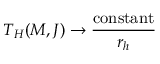
T _ { H } ( M , J ) \rightarrow \frac { \mathrm { c o n s t a n t } } { r _ { h } }